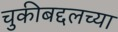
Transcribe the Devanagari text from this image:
चुकीबद्दलच्या